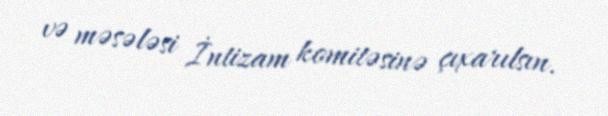
və məsələsi İntizam komitəsinə çıxarılsın.